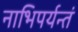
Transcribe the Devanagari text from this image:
नाभिपर्यन्तं